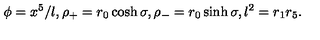
\phi = x ^ { 5 } / l , \rho _ { + } = r _ { 0 } \cosh \sigma , \rho _ { - } = r _ { 0 } \sinh \sigma , l ^ { 2 } = r _ { 1 } r _ { 5 } .